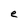
Character: e